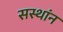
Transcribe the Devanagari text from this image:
सस्थांन